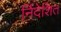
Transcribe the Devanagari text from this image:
र्निदेशित